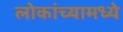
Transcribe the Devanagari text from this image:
लोकांच्यामध्ये